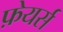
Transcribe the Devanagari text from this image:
फ़ेयर्स